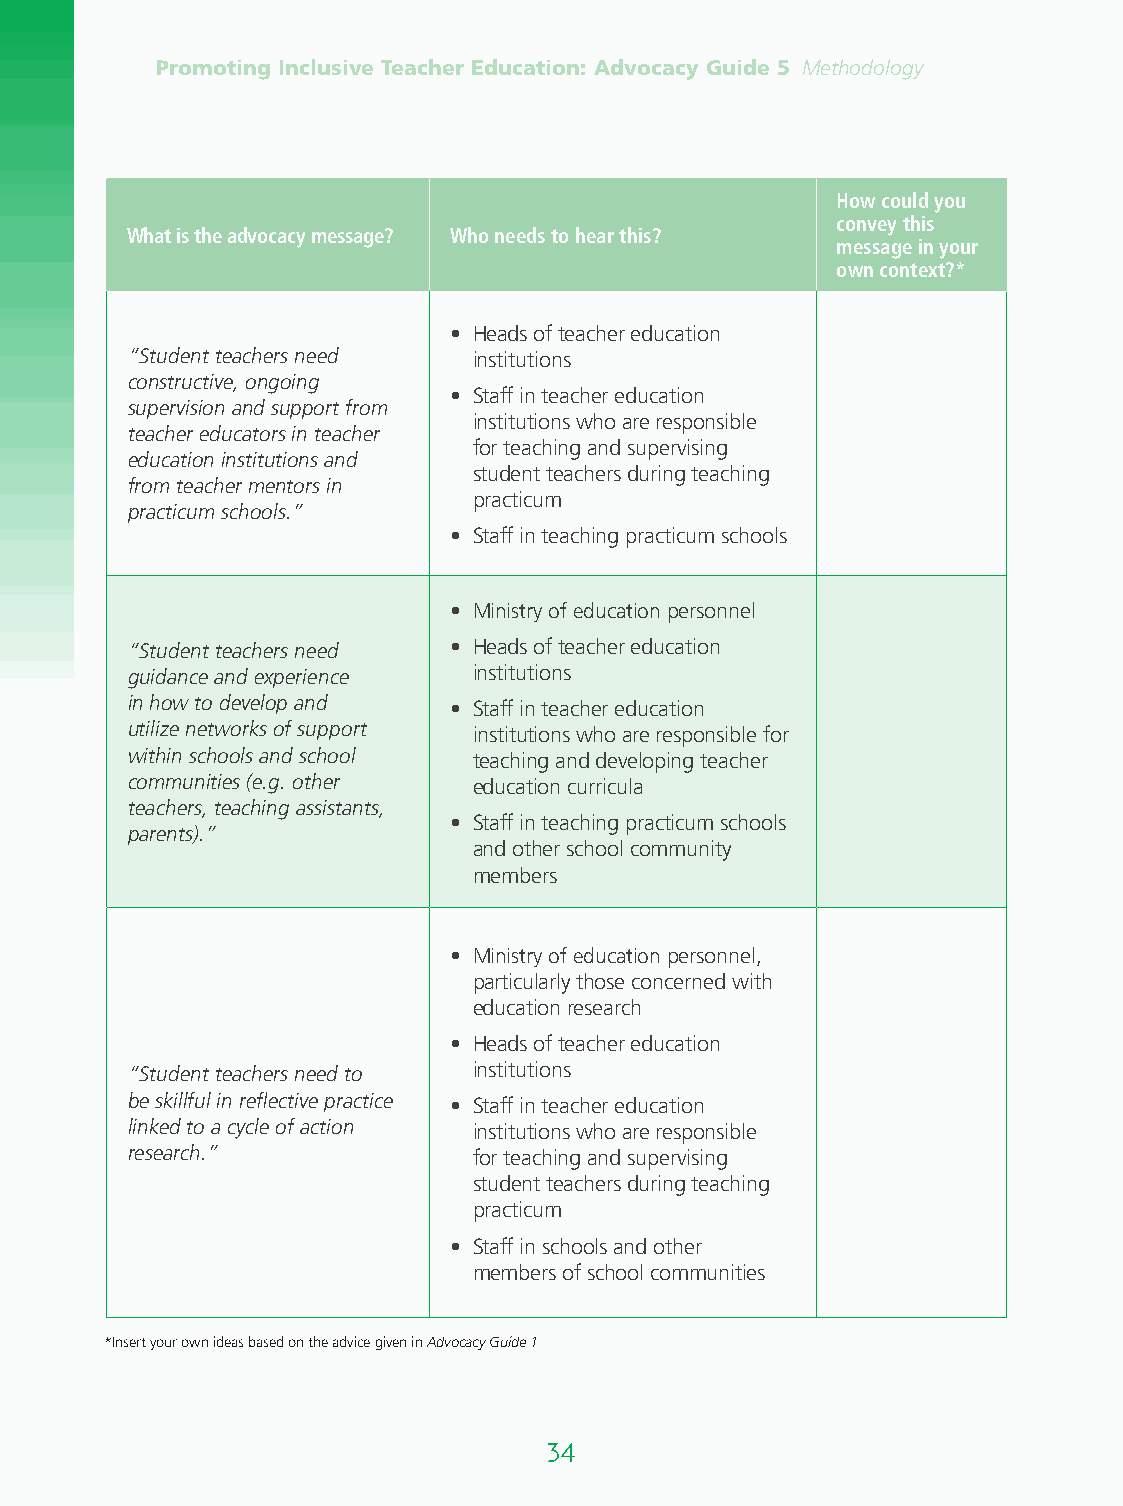
Promoting Inclusive Teacher Education: Advocacy Guide 5 Methodology
 How could you
 convey this
 What is the advocacy message? Who needs to hear this?
 message in your
 own context?*
 • H eads of teacher education
 “Student teachers need institutions
 constructive, ongoing
 • S taff in teacher education
 supervision and support from
 institutions who are responsible
 teacher educators in teacher
 for teaching and supervising
 education institutions and
 student teachers during teaching
 from teacher mentors in
 practicum
 practicum schools.”
 • S taff in teaching practicum schools
 • M inistry of education personnel
 “Student teachers need • H eads of teacher education
 guidance and experience institutions
 in how to develop and • S taff in teacher education
 utilize networks of support institu tions who are responsible for
 within schools and school teaching and developing teacher
 communities (e.g. other education curricula
 teachers, teaching assistants,
 • S taff in teaching practicum schools
 parents).”
 and other school community
 members
 • M inistry of education personnel,
 particularly those concerned with
 education research
 • H eads of teacher education
 “Student teachers need to institutions
 be skillful in reflective practice • S taff in teacher education
 linked to a cycle of action institutions who are responsible
 research.”             for teaching and supervising
 student teachers during teaching
 practicum
 • S taff in schools and other
 members of school communities
 *Insert your own ideas based on the advice given in Advocacy Guide 1
 34